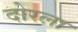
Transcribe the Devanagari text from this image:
दोरला